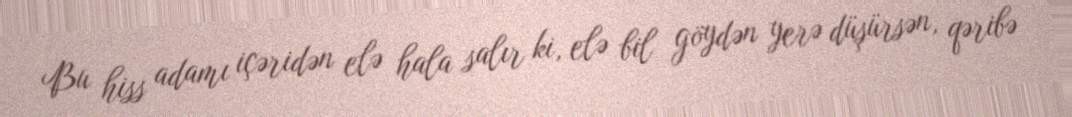
Bu hiss adamı içəridən elə hala salır ki, elə bil göydən yerə düşürsən, qəribə